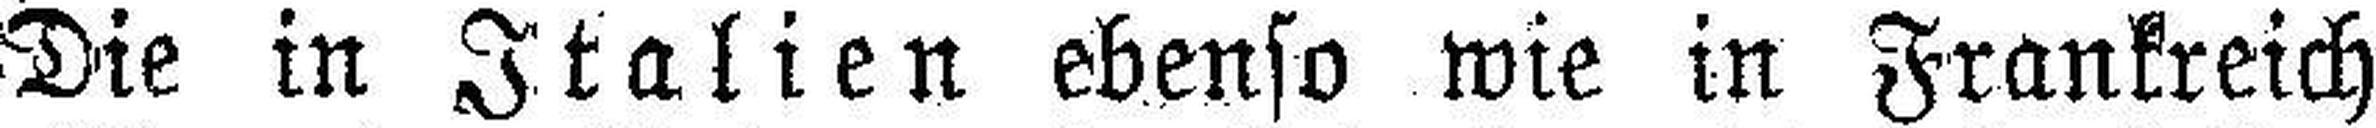
Die in Italien ebenso wie in Frankreich